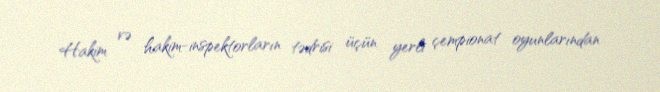
Hakim və hakim-inspektorların tədrisi üçün yerli çempionat oyunlarından